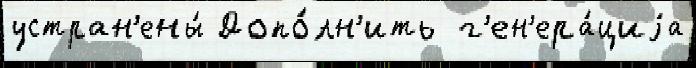
устран'ены́ Допо́лн'ить  г'ен'ера́циjа